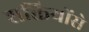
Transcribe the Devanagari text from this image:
शक्तियोंसे